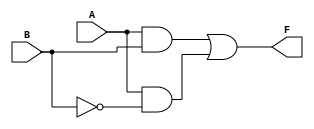
module two_variable_kmap (
    input wire A,    // 1-bit input A
    input wire B,    // 1-bit input B
    output wire F    // 1-bit output F
);

// Define the output logic based on the K-map
// Example: F = A & B + A' & B' (for F(1,0) and F(1,1) being 1)
// Modify the logic below based on the specific requirements of your K-map

assign F = (A & B) | (A & ~B); // Example logic: F = A * B' + A * B

endmodule